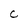
Character: C